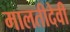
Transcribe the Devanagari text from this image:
मालतीदेवी